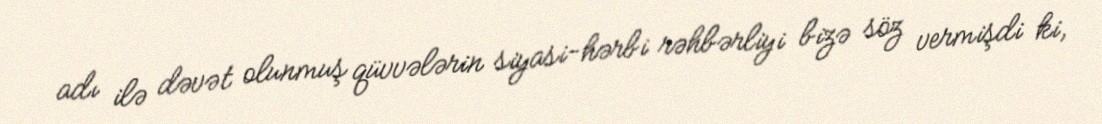
adı ilə dəvət olunmuş qüvvələrin siyasi-hərbi rəhbərliyi bizə söz vermişdi ki,